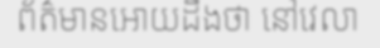
ព័ត៌មានអោយដឹងថា នៅវេលា